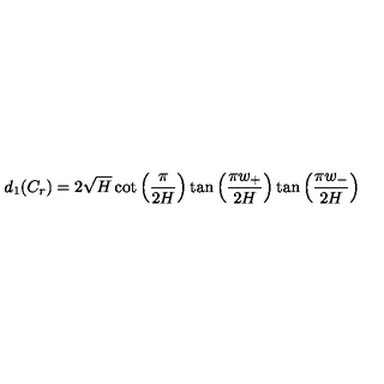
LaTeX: d _ { 1 } ( C _ { r } ) = 2 \sqrt { H } \cot \left( \frac { \pi } { 2 H } \right) \tan \left( \frac { \pi w _ { + } } { 2 H } \right) \tan \left( \frac { \pi w _ { - } } { 2 H } \right)